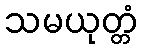
သမယုတ္တံ